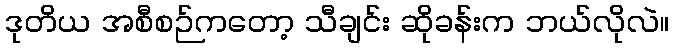
ဒုတိယ အစီစဉ်ကတော့ သီချင်း ဆိုခန်းက ဘယ်လိုလဲ။